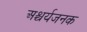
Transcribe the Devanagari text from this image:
अश्चर्यजनक